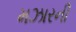
મઝારની